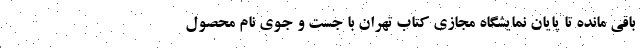
باقی مانده تا پایان نمایشگاه مجازی کتاب تهران با جست و جوی نام محصول